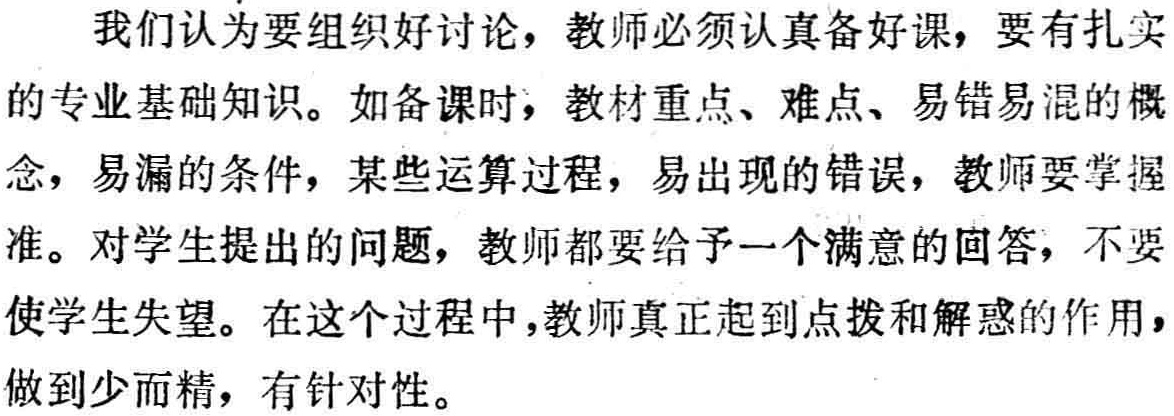
我们认为要组织好讨论，教师必须认真备好课，要有扎实
的专业基础知识。如备课时，教材重点、难点、易错易混的概
念，易漏的条件，某些运算过程，易出现的错误，教师要掌握
准。对学生提出的问题，教师都要给予一个满意的回答，不要
使学生失望。在这个过程中，教师真正起到点拨和解惑的作用，
做到少而精，有针对性。